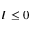
I \le 0